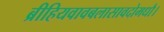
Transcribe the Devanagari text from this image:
ब्रीहियवावबलासावदोमधौ।